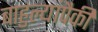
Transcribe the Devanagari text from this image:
बाहुल्यांपैकी